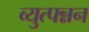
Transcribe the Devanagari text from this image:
व्युत्पन्नन